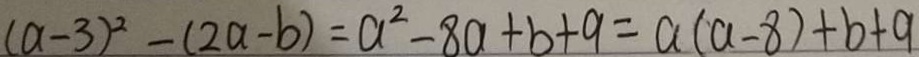
( a - 3 ) ^ { 2 } - ( 2 a - b ) = a ^ { 2 } - 8 a + b + 9 = a ( a - 8 ) + b + 9